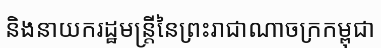
និងនាយករដ្ឋមន្ត្រីនៃព្រះរាជាណាចក្រកម្ពុជា